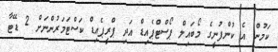
ކަމުން އެ ކުންފުނީގެ މޯބައިލް ޕޯސްޓްޕެއިޑް އަދި ޕްރީޕެއިޑް ކަސްޓަމަރުންނަށް 2 ޑޭޓާ